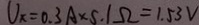
U _ { x } = 0 . 3 A \times 5 . 1 \Omega = 1 . 5 3 V